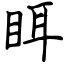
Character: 眲